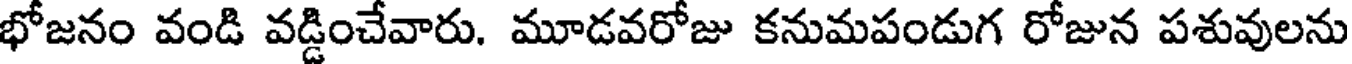
భోజనం వండి వడ్డించేవారు. మూడవరోజు కనుమపండుగ రోజున పశువులను